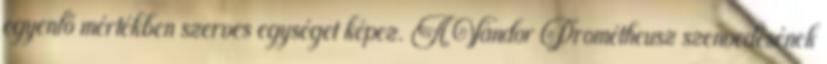
egyenlő mértékben szerves egységet képez. A Vándor Prométheusz szenvedésének